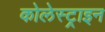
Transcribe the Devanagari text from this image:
कोलेस्ट्राइन